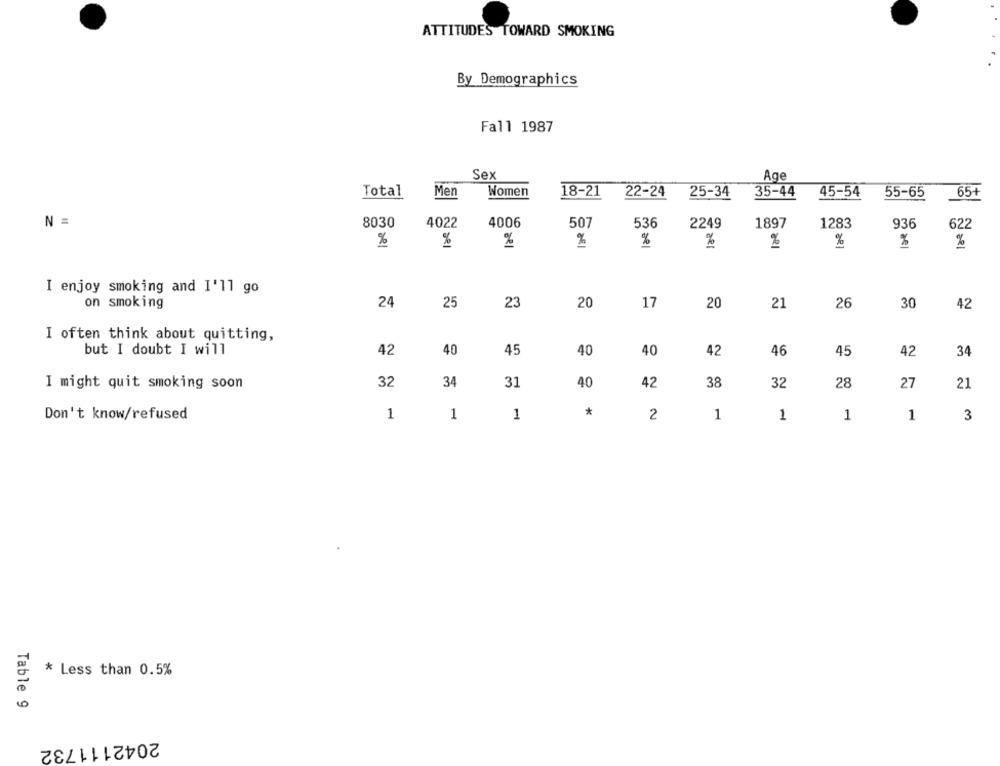
ATTITUDES TOWARD SMOKING
By Demographics
Fall 1987
Sex
Age
Total
Men
45-54
65+
Women
18-21
22-24
25-34
35-44
55-65
N =
8030
4022
4006
507
536
2249
1897
1283
936
622
%
%
%
%
%
%
%
%
I enjoy smoking and I'll go
on smoking
24
25
23
20
17
20
21
26
30
42
I often think about quitting,
but I doubt I will
42
40
45
40
40
42
46
45
34
42
32
34
40
38
I might quit smoking soon
31
42
32
28
27
21
*
Don't know/refused
1
1
1
2
1
1
1
1
3
* Less than 0.5%
Table 9
2042111732